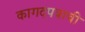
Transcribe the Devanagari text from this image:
कागदपत्राची